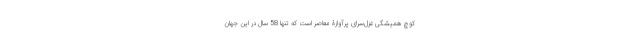
کوچ همیشگی غزل‌سُرای پرآوازۀ معاصر است که تنها 58 سال در این جهان